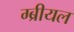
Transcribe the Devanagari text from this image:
ग्ब्रीयल